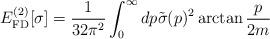
LaTeX: \begin{align*}E_{\rm FD}^{(2)}[\sigma] = \frac{1}{32 \pi^2} \int_0^\infty dp\tilde{\sigma}(p)^2 \arctan\frac{p}{2m}\end{align*}